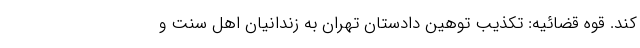
کند. قوه قضائیه: تکذیب توهین دادستان تهران به زندانیان اهل سنت و